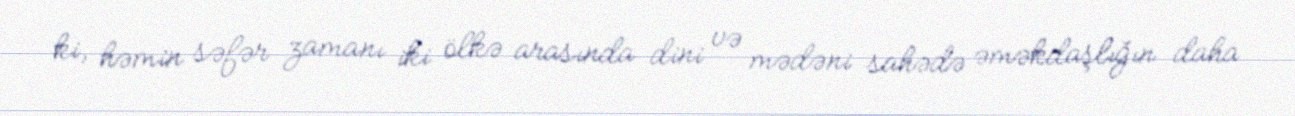
ki, həmin səfər zamanı iki ölkə arasında dini və mədəni sahədə əməkdaşlığın daha